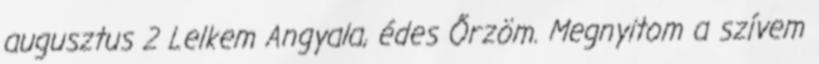
augusztus 2 Lelkem Angyala, édes Őrzöm. Megnyitom a szívem